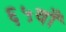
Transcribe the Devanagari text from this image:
६५वाँ